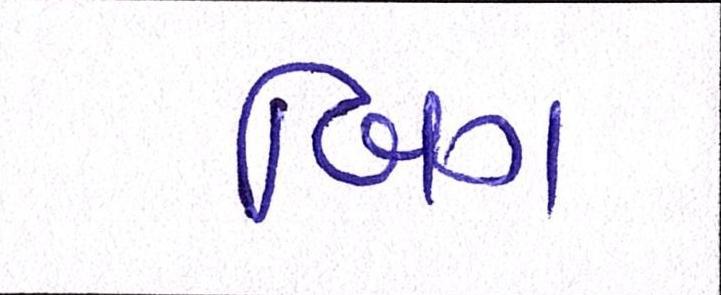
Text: બિગ